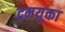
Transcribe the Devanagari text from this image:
द्रमयूका